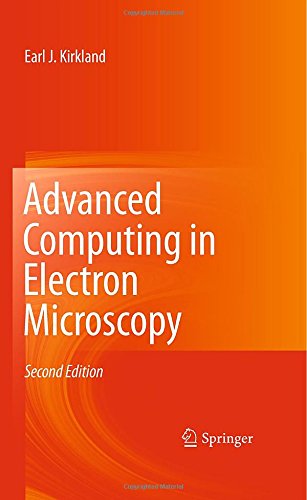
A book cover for Advanced Computing in Electron Microscopy; Earl J. Kirkland; Science & Math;